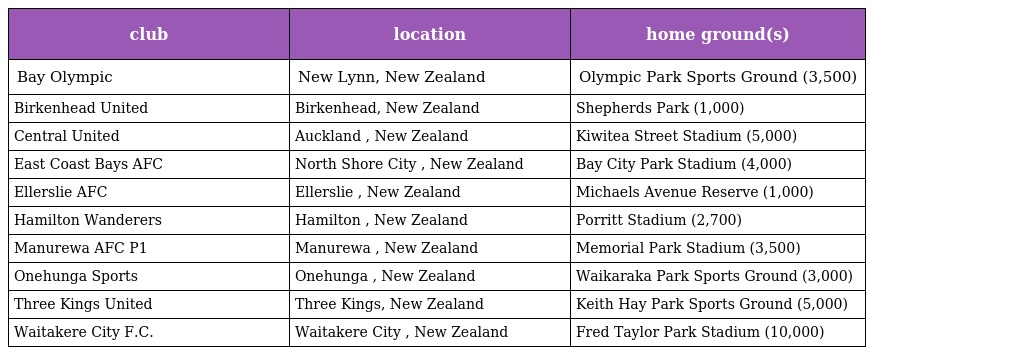
| club | location | home ground(s) |
 | --- | --- | --- |
 | Bay Olympic | New Lynn, New Zealand | Olympic Park Sports Ground (3,500) |
 | Birkenhead United | Birkenhead, New Zealand | Shepherds Park (1,000) |
 | Central United | Auckland , New Zealand | Kiwitea Street Stadium (5,000) |
 | East Coast Bays AFC | North Shore City , New Zealand | Bay City Park Stadium (4,000) |
 | Ellerslie AFC | Ellerslie , New Zealand | Michaels Avenue Reserve (1,000) |
 | Hamilton Wanderers | Hamilton , New Zealand | Porritt Stadium (2,700) |
 | Manurewa AFC P1 | Manurewa , New Zealand | Memorial Park Stadium (3,500) |
 | Onehunga Sports | Onehunga , New Zealand | Waikaraka Park Sports Ground (3,000) |
 | Three Kings United | Three Kings, New Zealand | Keith Hay Park Sports Ground (5,000) |
 | Waitakere City F.C. | Waitakere City , New Zealand | Fred Taylor Park Stadium (10,000) |